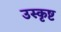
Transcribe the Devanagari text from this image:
उस्कृष्ट